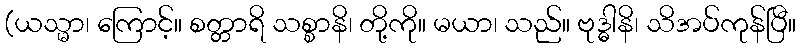
(ယသ္မာ၊ ကြောင့်။ စတ္တာရိ သစ္စာနိ၊ တို့ကို။ မယာ၊ သည်။ ဗုဒ္ဓါနိ၊ သိအပ်ကုန်ပြီ။